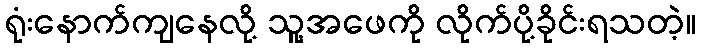
ရုံးနောက်ကျနေလို့ သူ့အဖေကို လိုက်ပို့ခိုင်းရသတဲ့။